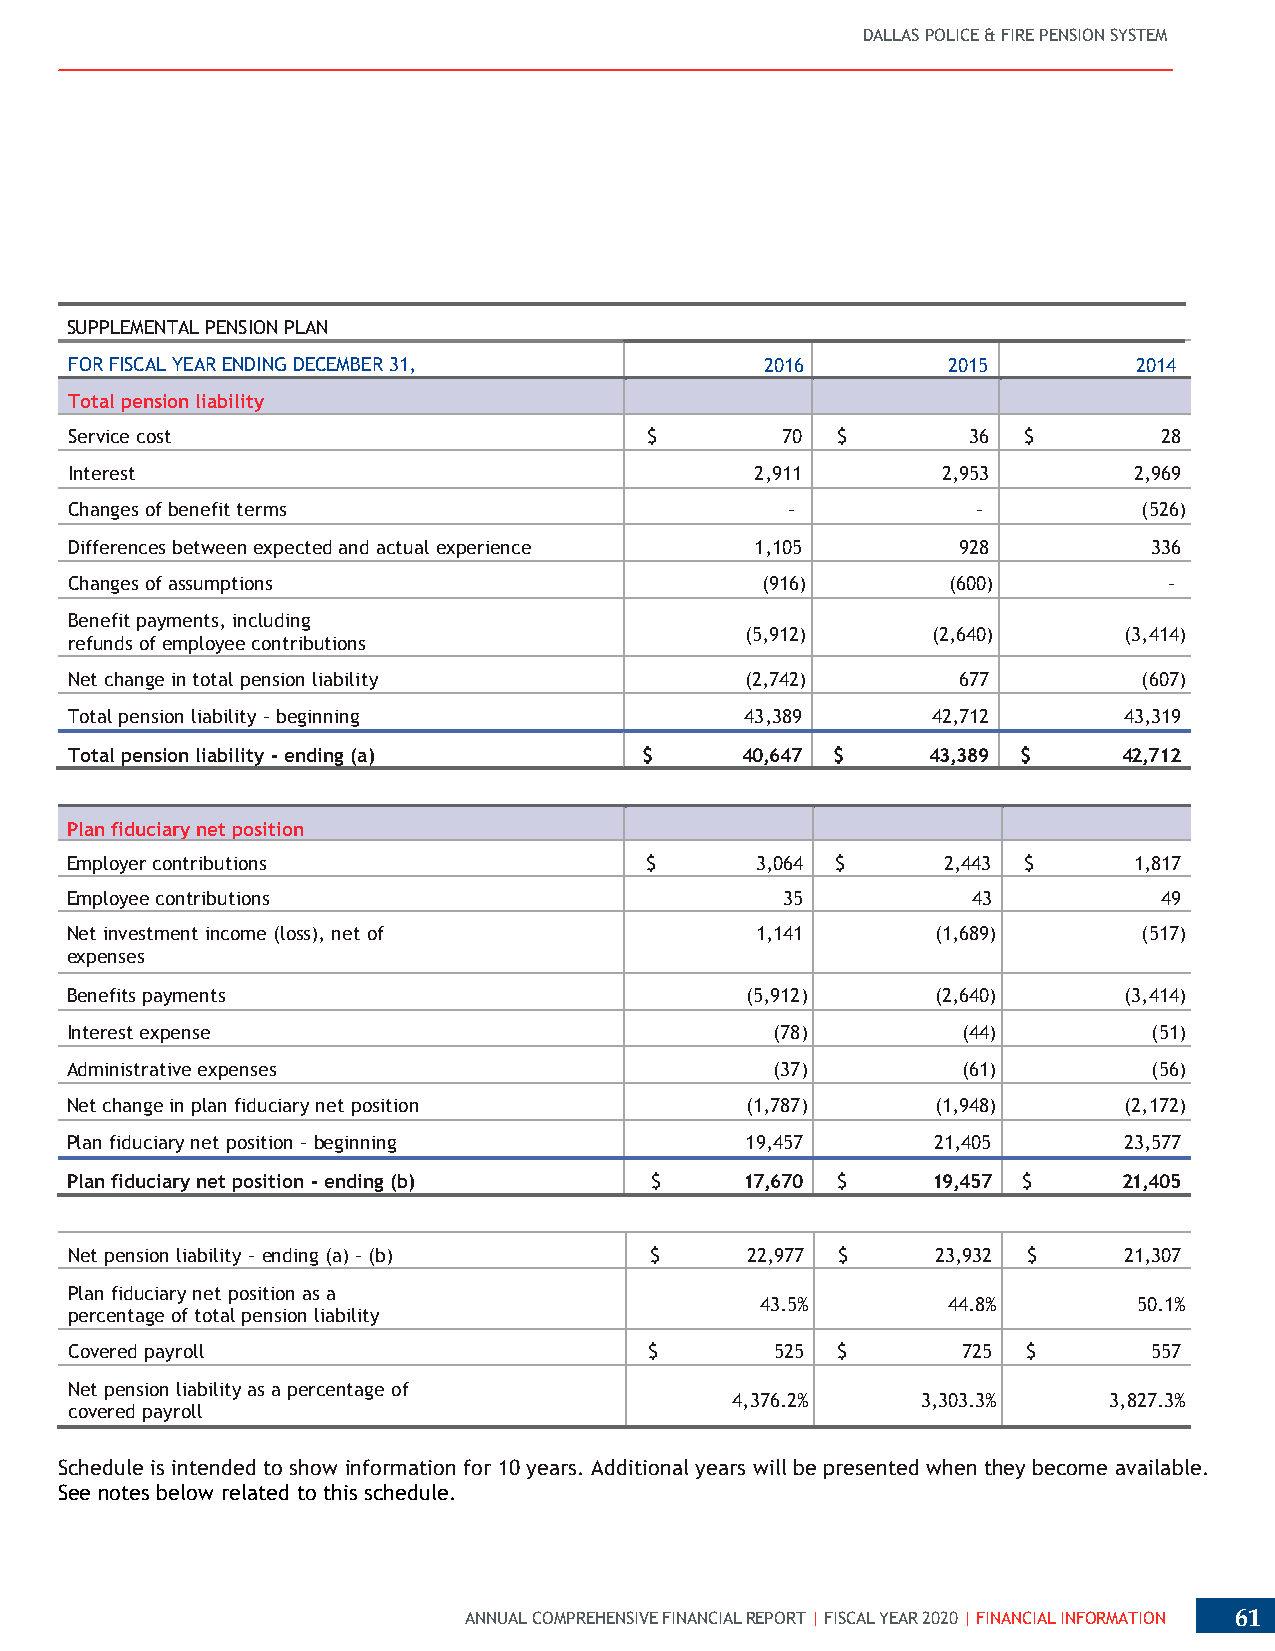
DALLAS POLICE & FIRE PENSION SYSTEM
 SUPPLEMENTAL PENSION PLAN
 FOR FISCAL YEAR ENDING DECEMBER 31,           2016        2015        2014
 Total pension liability
 Service cost                          $        70 $        36  $        28
 Interest                                     2,911       2,953        2,969
 Changes of benefit terms                       -            -          (526)
 Differences between expected and actual experience 1,105  928          336
 Changes of assumptions                       (916)        (600)         -
 Benefit payments, including
 (5,912)      (2,640)     (3,414)
 refunds of employee contributions
 Net change in total pension liability       (2,742)       677          (607)
 Total pension liability - beginning         43,389       42,712      43,319
 Total pension liability - ending (a)  $     40,647 $     43,389 $    42,712
 Plan fiduciary net position
 Employer contributions                 $      3,064 $      2,443 $     1,817
 Employee contributions                          35          43           49
 Net investment income (loss), net of          1,141       (1,689)       (517)
 expenses
 Benefits payments                            (5,912)      (2,640)     (3,414)
 Interest expense                               (78)         (44)        (51)
 Administrative expenses                        (37)         (61)        (56)
 Net change in plan fiduciary net position    (1,787)      (1,948)     (2,172)
 Plan fiduciary net position - beginning      19,457       21,405      23,577
 Plan fiduciary net position - ending (b) $   17,670 $     19,457 $    21,405
 Net pension liability - ending (a) - (b) $  22,977 $     23,932 $    21,307
 Plan fiduciary net position as a
 43.5%        44.8%       50.1%
 percentage of total pension liability
 Covered payroll                       $       525 $        725 $       557
 Net pension liability as a percentage of
 4,376.2%     3,303.3%    3,827.3%
 covered payroll
 Schedule is intended to show information for 10 years. Additional years will be presented when they become available.
 See notes below related to this schedule.
 ANNUAL COMPREHENSIVE FINANCIAL REPORT | FISCAL YEAR 2020 | FINANCIAL INFORMATION 61